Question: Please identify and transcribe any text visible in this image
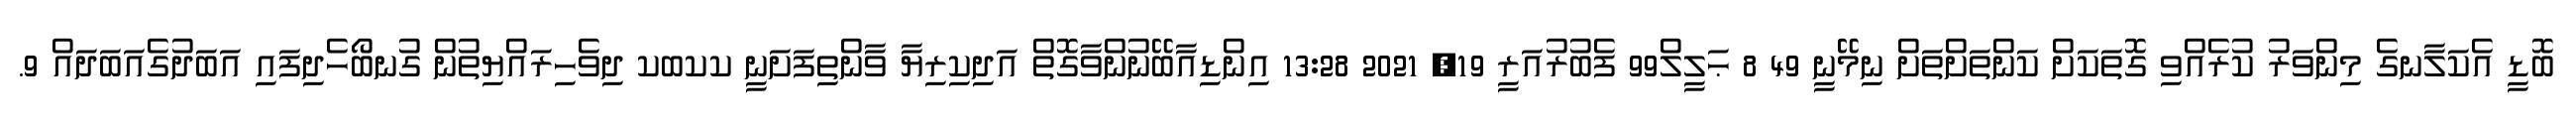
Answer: ބޮޑީ އެކަލާނގެ މިންވަރު ކުރެއްވި ގޮތަކަށް ކަންތަށްތަށް ނިމޭނީ 49 8 ޙަލީލް99 ފެބުރުއަރީ 19, 2021 13:28 އިންޑިއާބޭނުންވާގޮތް އަދިކިރިޔާ ވާންތިފަށަނީ ކކބކ ދިވެހިރައްޔިތުން ގުނބޯހެދިފައި އަބަދުގެއަބަދައް 9.